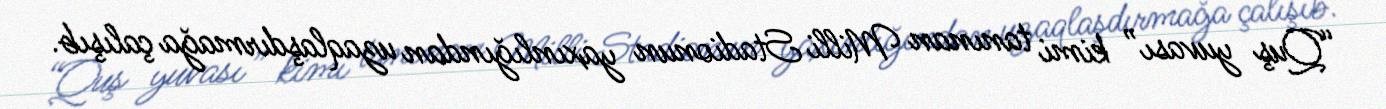
“Quş yuvası” kimi tanınan Milli Stadionun yaxınlığından uzaqlaşdırmağa çalışıb.